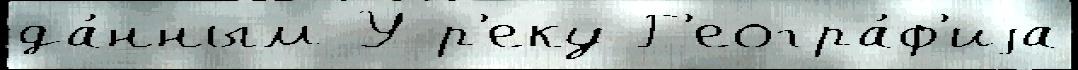
да́нным У р'еку Г'еогра́ф'иjа